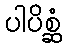
ပါပိစ္ဆံ